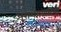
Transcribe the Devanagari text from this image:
असंशयवादियों